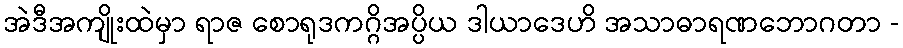
အဲဒီအကျိုးထဲမှာ ရာဇ စောရုဒကဂ္ဂိအပ္ပိယ ဒါယာဒေဟိ အသာဓာရဏဘောဂတာ -